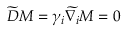
\widetilde { D } M = \gamma _ { i } \widetilde { \nabla _ { i } } M = 0